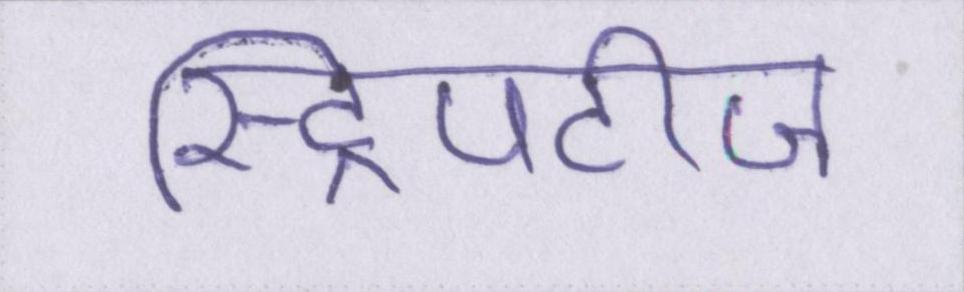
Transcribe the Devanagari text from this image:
स्ट्रिपटीज